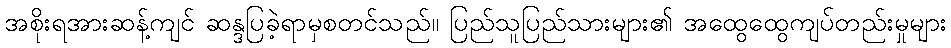
အစိုးရအားဆန့်ကျင် ဆန္ဒပြခဲ့ရာမှစတင်သည်။ ပြည်သူပြည်သားများ၏ အထွေထွေကျပ်တည်းမှုများ